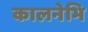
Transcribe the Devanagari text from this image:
कालनेभि